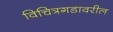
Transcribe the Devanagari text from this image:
विचित्रगडावरील